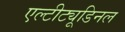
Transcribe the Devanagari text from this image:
एल्‍टीट्यूडिनल